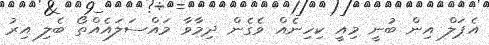
އެޕަލް އިން ބުނީ މިއީ ކިހިނެއް ވެގެން ދިމާވާ މައްސަލައެއްތޯ ބެލި އިރު